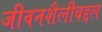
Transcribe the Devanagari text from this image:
जीवनशैलीबद्दल